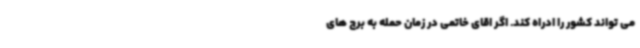
می تواند کشور را ادراه کند. اگر اقای خاتمی در زمان حمله به برج های